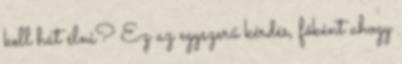
kell hát élni? Ez az egyszerű kérdés, főként ahogy